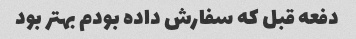
دفعه قبل که سفارش داده بودم بهتر بود